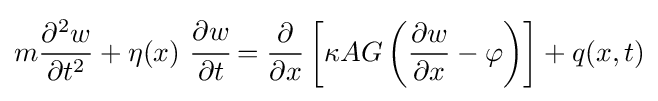
m{\frac {\partial ^{2}w}{\partial t^{2}}}+\eta (x)~{\cfrac {\partial w}{\partial t}}={\frac {\partial }{\partial x}}\left[\kappa AG\left({\frac {\partial w}{\partial x}}-\varphi \right)\right]+q(x,t)